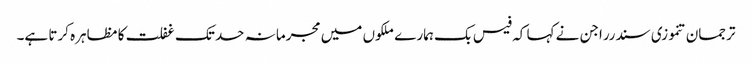
ترجمان تنموزی سندرراجن نے کہا کہ فیس بک ہمارے ملکوں میں مجرمانہ حد تک غفلت کا مظاہرہ کرتا ہے۔